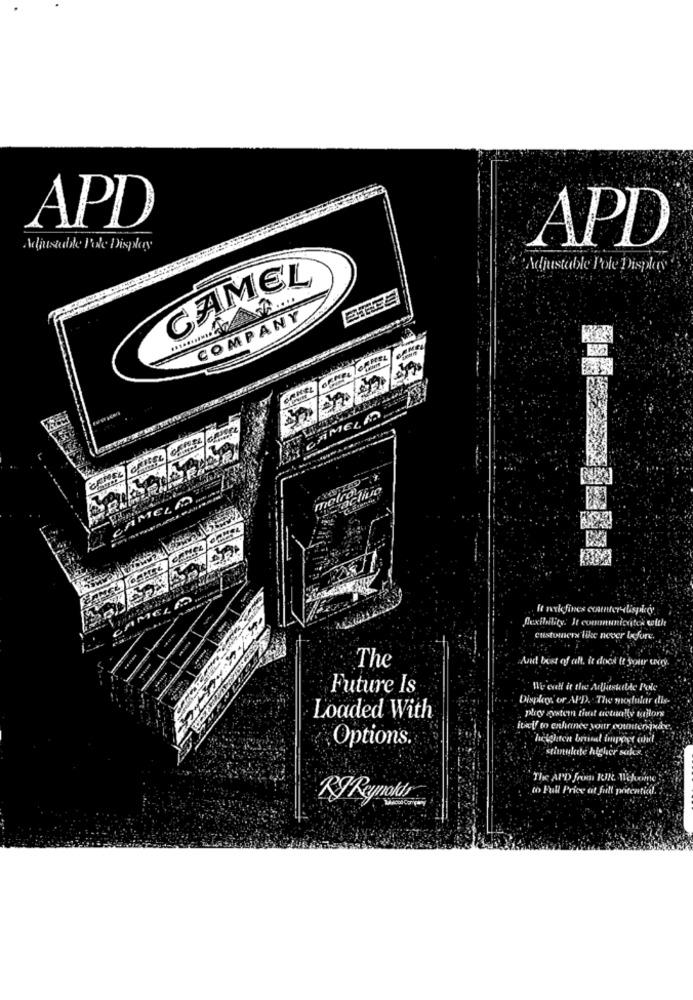
APD
APD
Adjustable Pole Display
Adjustable Pole Display
CAMEL
COMPANY
metro
It nelfines counter-dispo
flexibility. It comunicoitch with
customers like never Ixfore.
The
And best of all, it does It your sony.
Future Is
Wir wall it the Adjustable Pole
Displays, or APD. . The modular dis-
Loaded With
play western that actually tailors
tiff to enhance your comenixde
Options.
heighten brund import and
stimulete higher salir ..
The AID fre Wk. Wehome
to Full Price at full pricenticel.